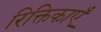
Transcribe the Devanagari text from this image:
रिक्तिकाएँ